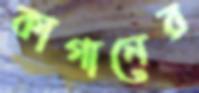
কাগানের